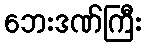
ဘေးဒဏ်ကြီး